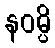
နဝမ္ပိ